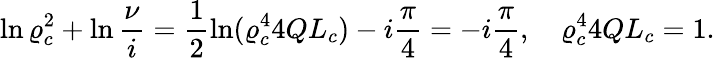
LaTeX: \displaystyle{\ln\varrho_{c}^{2}+\ln\frac{\nu}{i}=\frac{1}{2}\ln(\varrho_{c}^{4}4QL_{c})-i\frac{\pi}{4}=-i\frac{\pi}{4}},\quad\varrho_{c}^{4}4QL_{c}=1.